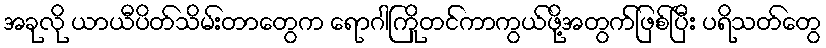
အခုလို ယာယီပိတ်သိမ်းတာတွေက ရောဂါကြိုတင်ကာကွယ်ဖို့အတွက်ဖြစ်ပြီး ပရိသတ်တွေ